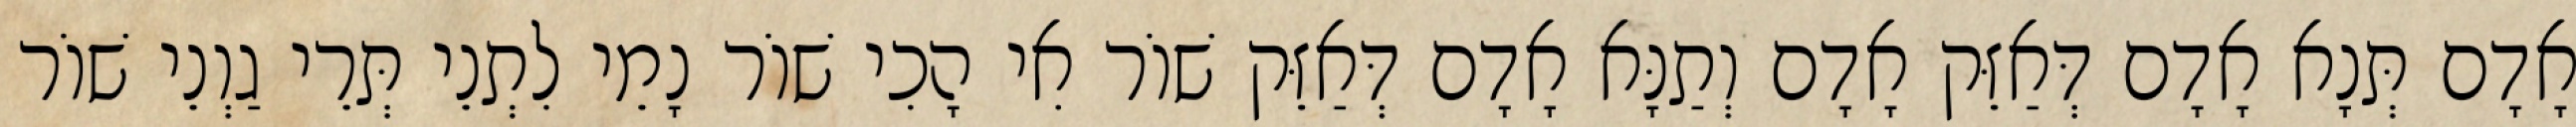
אָדָם תְּנָא אָדָם דְּאַזֵּק אָדָם וְתַנָּא אָדָם דְּאַזֵּק שׁוֹר אִי הָכִי שׁוֹר נָמֵי לִתְנֵי תְּרֵי גַוְנֵי שׁוֹר